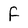
Character: F